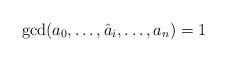
LaTeX: \begin{align*}\gcd (a_0,\dots,\hat{a}_i,\dots,a_n) = 1\end{align*}